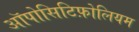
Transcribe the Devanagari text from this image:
ऑपोसिटिफ़ोलियम